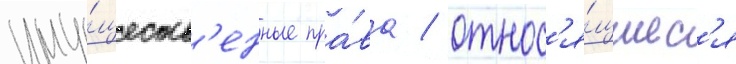
иму́ществ'енные пра́ва / относ'я́щиес'я